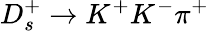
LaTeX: D_{s}^{+}\to K^{+}K^{-}\pi^{+}